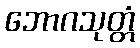
ဘောဂသုတ္တံ